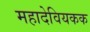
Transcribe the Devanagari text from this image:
महादेवियकक